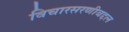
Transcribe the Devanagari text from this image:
विचारसरणीबद्दल